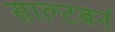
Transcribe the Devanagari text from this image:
साल्टबर्न